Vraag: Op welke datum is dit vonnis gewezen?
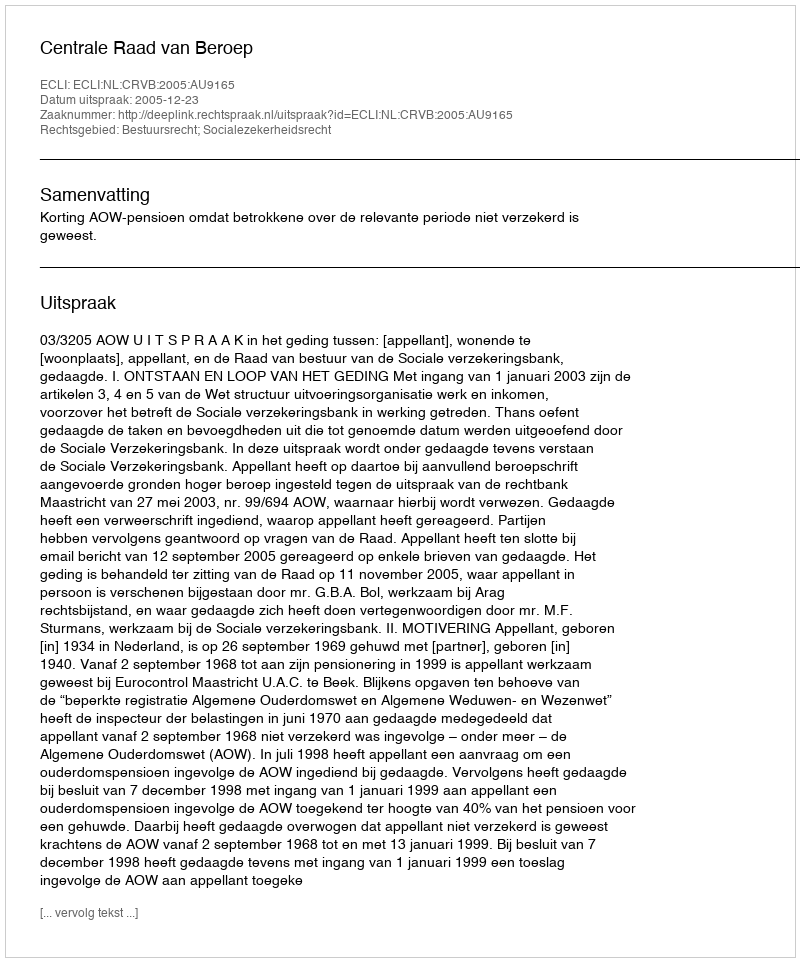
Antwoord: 2005-12-23